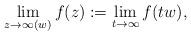
LaTeX: \begin{align*}\lim _{z\to \infty (w)} f(z) := \lim _{t \to \infty } f (t w) ,\end{align*}